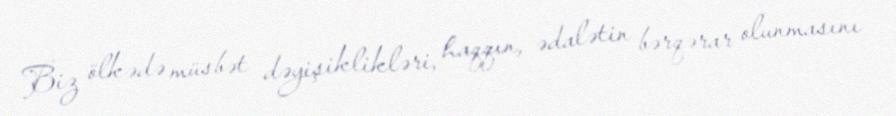
Biz ölkədə müsbət dəyişiklikləri, haqqın, ədalətin bərqərar olunmasını